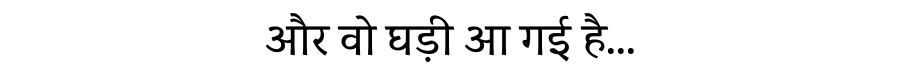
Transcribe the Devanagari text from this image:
और वो घड़ी आ गई है...